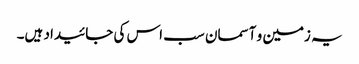
یہ زمین و آسمان سب اس کی جائیداد ہیں۔